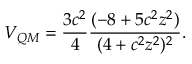
V _ { Q M } = \frac { 3 c ^ { 2 } } { 4 } \frac { ( - 8 + 5 c ^ { 2 } z ^ { 2 } ) } { ( 4 + c ^ { 2 } z ^ { 2 } ) ^ { 2 } } .